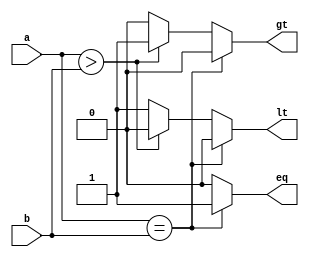
module funn(a,b,eq,lt,gt);
 input [1:0]a,b;
 output reg eq,lt,gt;
 always@(a,b)
 begin
  if(a==b)
  begin
  eq=1;lt=0;gt=0;
  end
  else if(a>b)
  begin
  eq=0;lt=0;gt=1;
  end
  else
  begin
  eq=0;lt=1;gt=0;
  end
 end
endmodule

module mag_comp;
 reg [1:0]a,b;
 wire eq,lt,gt;
 funn gate(a,b,eq,lt,gt);
 initial begin
    $dumpfile("mag.vcd");
    $dumpvars(1);
    $display(" magnitude comparator\n a b eq lt gt ");
    $monitor(" %b %b %b %b %b ",a,b,eq,lt,gt);
    a=0;b=0;
    #1;a=0;b=1;
    #1;a=1;b=0;
    #1;a=1;b=1;
    #1;
 end
endmodule